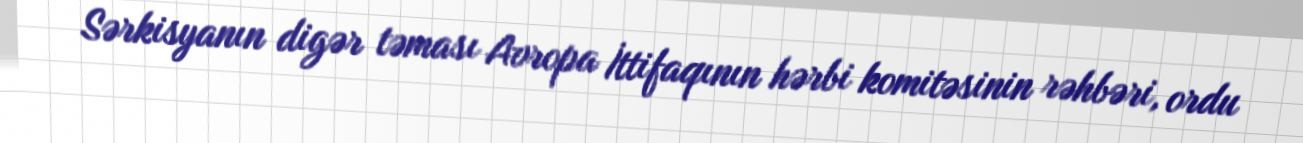
Sərkisyanın digər təması Avropa İttifaqının hərbi komitəsinin rəhbəri, ordu